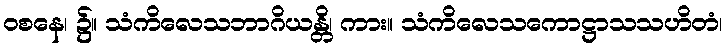
ဝစနေ၊ ၌။ သံကိလေသဘာဂိယန္တိ၊ ကား။ သံကိလေသကောဋ္ဌာသသဟိတံ၊